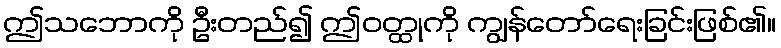
ဤသဘောကို ဦးတည်၍ ဤဝတ္ထုကို ကျွန်တော်ရေးခြင်းဖြစ်၏။